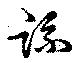
疏